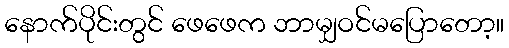
နောက်ပိုင်းတွင် ဖေဖေက ဘာမျှဝင်မပြောတော့။